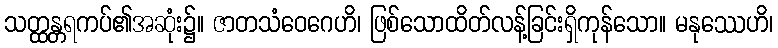
သတ္ထန္တရကပ်၏အဆုံး၌။ ဇာတသံဝေဂေဟိ၊ ဖြစ်သောထိတ်လန့်ခြင်းရှိကုန်သော။ မနုဿေဟိ၊